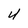
Character: 4